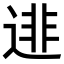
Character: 𨓿